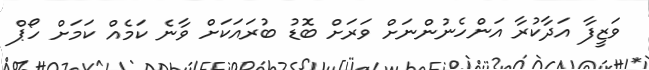
ވަޒީފާ އަދާކުރާ އަންހެނުންނަށް ވަރަށް ބޮޑު ބުރައަކަށް ވާނެ ކަމެއް ކަމަށް ހޯޕް